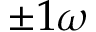
\pm 1 \omega